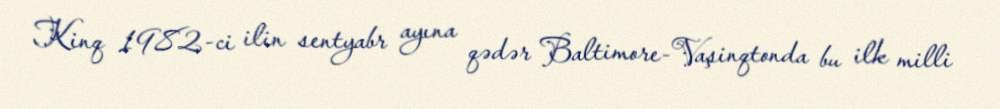
Kinq 1982-ci ilin sentyabr ayına qədər Baltimore-Vaşinqtonda bu ilk milli